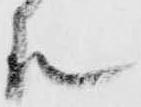
殿